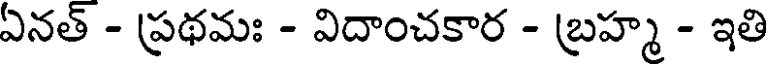
ఏనత్ - ప్రథమః - విదాంచకార - బ్రహ్మ - ఇతి